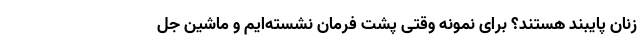
زنان پایبند هستند؟ برای نمونه وقتی پشت فرمان نشسته‌ایم و ماشین جل